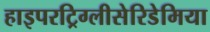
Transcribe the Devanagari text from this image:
हाइपरट्रिग्लीसेरिडेमिया